Source: Handwritten
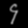
Digit: ၄ (4)